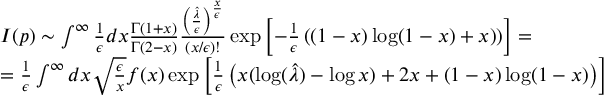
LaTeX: \begin{array} { l } { { I ( p ) \sim \int ^ { \infty } { \frac { 1 } { \epsilon } } d x { \frac { \Gamma ( 1 + x ) } { \Gamma ( 2 - x ) } } { \frac { \left( { \frac { \hat { \lambda } } { \epsilon } } \right) ^ { \frac { x } { \epsilon } } } { ( x / \epsilon ) ! } } \exp \left[ - { \frac { 1 } { \epsilon } } \left( ( 1 - x ) \log ( 1 - x ) + x ) \right) \right] = } } \\ { { = { \frac { 1 } { \epsilon } } \int ^ { \infty } d x \sqrt { \frac { \epsilon } { x } } f ( x ) \exp \left[ { \frac { 1 } { \epsilon } } \left( x ( \log ( { \hat { \lambda } } ) - \log x ) + 2 x + ( 1 - x ) \log ( 1 - x ) \right) \right] } } \end{array}